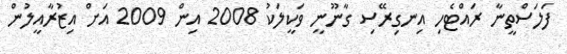
ފަލަސްތީނާ ރައްޓެހި އިނގިރޭސި ގާނޫނީ ވަކީލަކު 2008 އިން 2009 އަށް އިޒުރާއީލުން